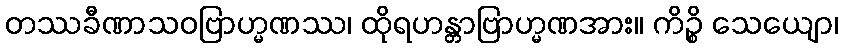
တဿခီဏာသဝဗြာဟ္မဏဿ၊ ထိုရဟန္တာဗြာဟ္မဏအား။ ကိဉ္စိ သေယျော၊